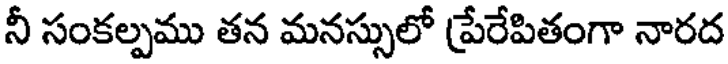
నీ సంకల్పము తన మనస్సులో (పేరేపితంగా నారద